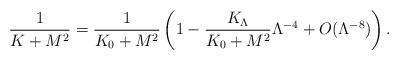
LaTeX: \begin{align*}\frac{1}{K+M^2}=\frac{1}{K_0+M^2} \left( 1-\frac{K_\Lambda}{K_0+M^2}\Lambda^{-4}+O(\Lambda^{-8}) \right).\end{align*}